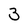
Character: 3